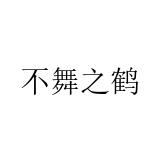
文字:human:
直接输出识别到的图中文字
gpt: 不舞之鹤